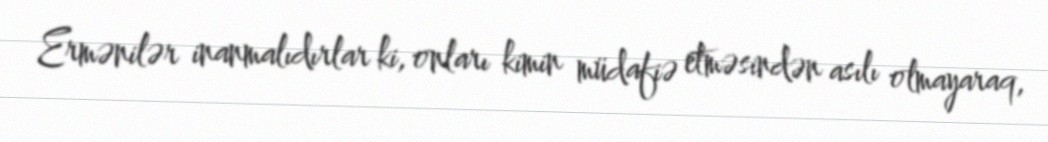
Ermənilər inanmalıdırlar ki, onları kimin müdafiə etməsindən asılı olmayaraq,